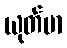
ယုတ်မာ